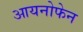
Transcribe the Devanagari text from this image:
आयनोफेन